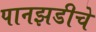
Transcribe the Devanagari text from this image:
पानझडीचे